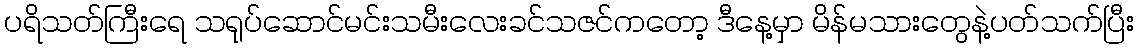
ပရိသတ်ကြီးရေ သရုပ်ဆောင်မင်းသမီးလေးခင်သဇင်ကတော့ ဒီနေ့မှာ မိန်မသားတွေနဲ့ပတ်သက်ပြီး